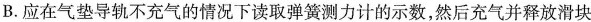
B.应在气垫导轨不充气的情况下读取弹簧测力计的示数，然后充气并释放滑块